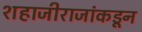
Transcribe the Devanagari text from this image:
शहाजीराजांकडून